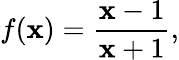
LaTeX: f(\mathbf{x})={\frac{{\mathbf{x}-1}}{{\mathbf{x}+1}}},